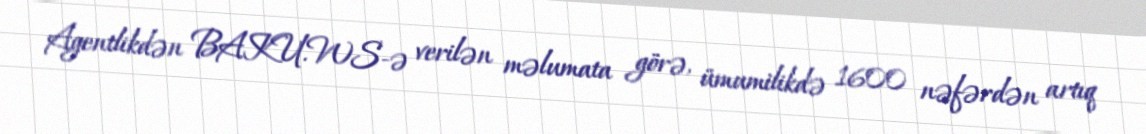
Agentlikdən BAKU.WS-ə verilən məlumata görə, ümumilikdə 1600 nəfərdən artıq